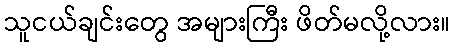
သူငယ်ချင်းတွေ အများကြီး ဖိတ်မလို့လား။